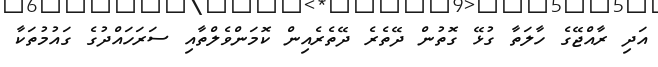
އަދި ރާއްޖޭގެ ހާލަތާ ގުޅޭ ގޮތުން ދޭތެރެ ދޭތެރެއިން ކޮމަންވެލްތާއި ސަރަަހައްދުގެ ގައުމުތަކާ